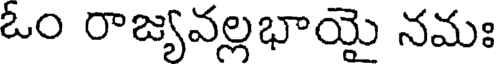
ఓం రాజ్యవల్లభాయై నమః